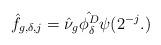
LaTeX: \begin{align*}\hat{f}_{g,\delta,j}=\hat{\nu}_g \hat{\phi^D_\delta} \psi(2^{-j}.)\end{align*}